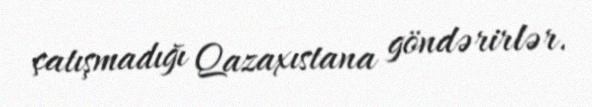
çatışmadığı Qazaxıstana göndərirlər.